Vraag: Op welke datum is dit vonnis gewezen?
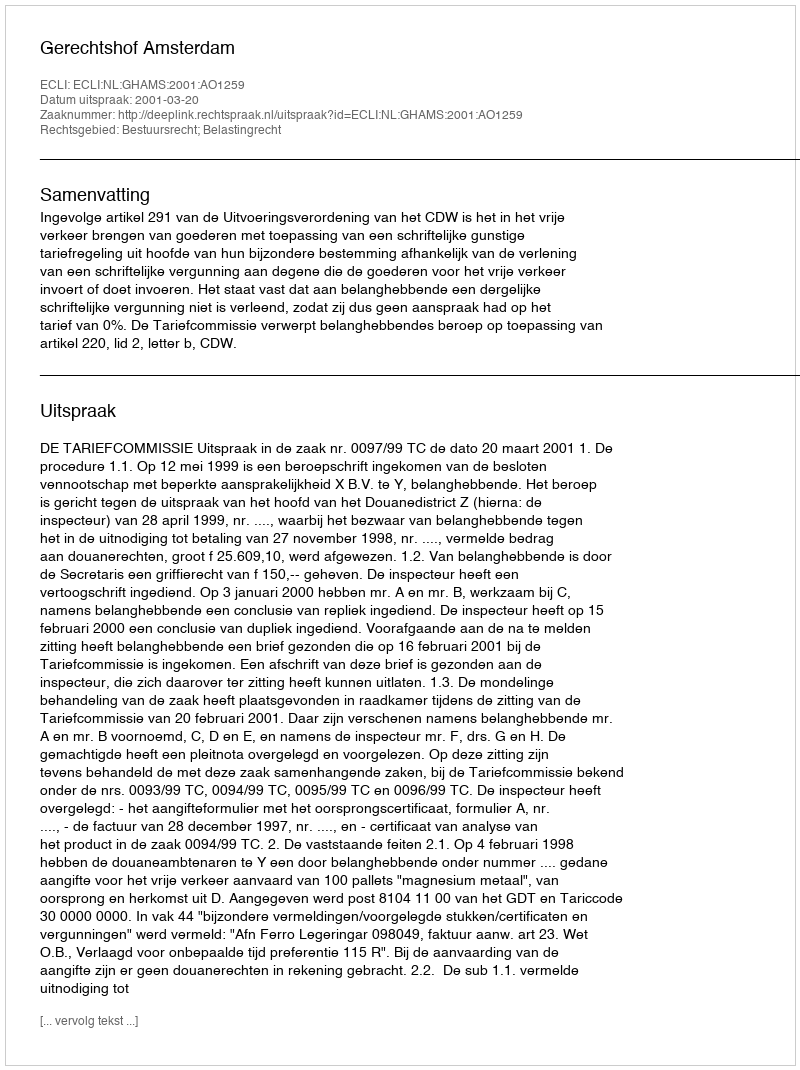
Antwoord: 2001-03-20